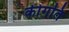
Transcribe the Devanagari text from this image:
कीगति